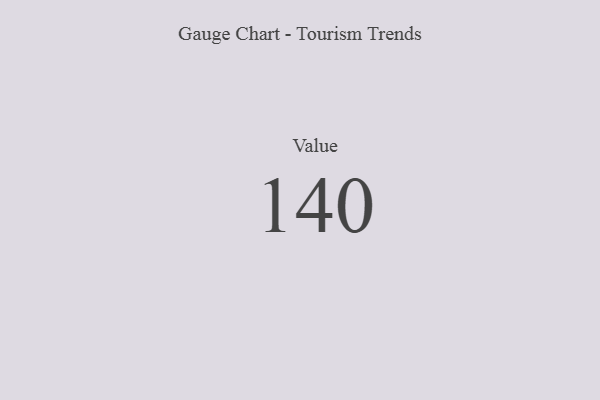
{"axis": {"x": "Metric", "y": "Value"}, "legend": [""], "data": [{"x": "Value", "y": 140, "type": ""}]}